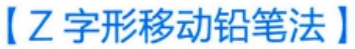
【Z字形移动铅笔法】